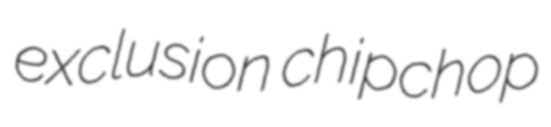
exclusion chipchop